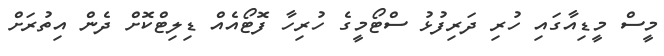
މީސް މީޑިއާގައި ހުރި ދަރިފުޅު ސްޓޯމީގެ ހުރިހާ ފޮޓޯއެއް ޑިލިޓްކޮށް ދެން އިތުރަށް